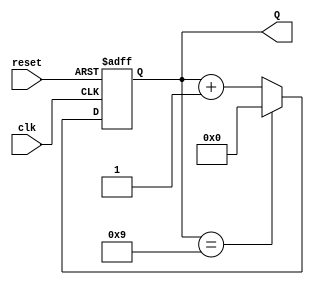
module BCD_Counter (
    input wire clk,        // Clock signal
    input wire reset,      // Asynchronous reset signal
    output reg [3:0] Q     // 4-bit output for BCD count
);

// Always block triggered on the rising edge of the clock or when reset is asserted
always @(posedge clk or posedge reset) begin
    if (reset) begin
        // Reset the counter to 0
        Q <= 4'b0000;
    end else begin
        // Increment the counter
        if (Q == 4'b1001) begin
            // If counter is 9, wrap around to 0
            Q <= 4'b0000;
        end else begin
            // Otherwise, increment the counter
            Q <= Q + 1;
        end
    end
end

endmodule